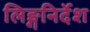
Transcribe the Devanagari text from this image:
लिङ्गनिर्देश